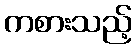
ကစားသည့်